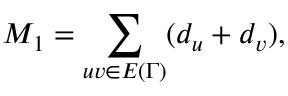
M _ { 1 } = \sum _ { u v \in E { ( \Gamma ) } } ( d _ { u } + d _ { v } ) ,